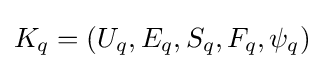
K_{q}=(U_{q},E_{q},S_{q},F_{q},\psi _{q})